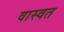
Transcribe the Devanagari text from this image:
वास्वत